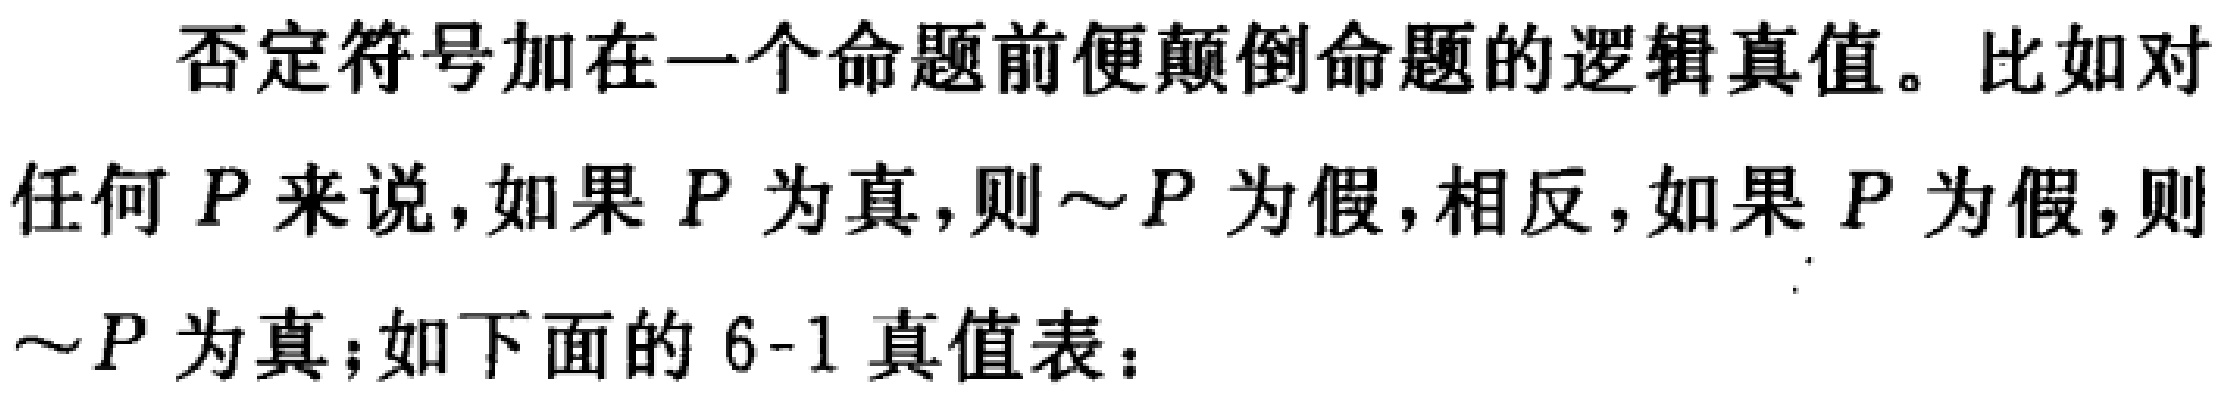
否定符号加在一个命题前便颠倒命题的逻辑真值。比如对任何 \(P\) 来说，如果 \(P\) 为真，则\(\sim P\) 为假，相反，如果 \(P\) 为假，则\(\sim P\) 为真；如下面的 6-1 真值表：